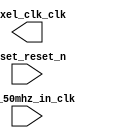

module Raster_Laser_Projector (
	clk_50mhz_in_clk,
	pixel_clk_clk,
	reset_reset_n);	

	input		clk_50mhz_in_clk;
	output		pixel_clk_clk;
	input		reset_reset_n;
endmodule